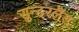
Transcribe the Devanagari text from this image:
सुन्दरलैंड